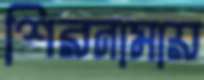
শিরনামায়